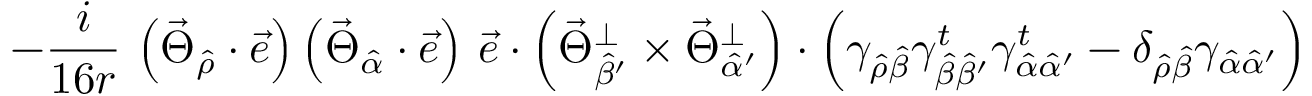
- \frac { i } { 1 6 r } \, \left( \vec { \Theta } _ { \hat { \rho } } \cdot \vec { e } \right) \left( \vec { \Theta } _ { \hat { \alpha } } \cdot \vec { e } \right) \, \vec { e } \cdot \left( \vec { \Theta } _ { \hat { \beta } ^ { \prime } } ^ { \bot } \times \vec { \Theta } _ { \hat { \alpha } ^ { \prime } } ^ { \bot } \right) \cdot \left( \gamma _ { \hat { \rho } \hat { \beta } } \gamma _ { \hat { \beta } \hat { \beta } ^ { \prime } } ^ { t } \gamma _ { \hat { \alpha } \hat { \alpha } ^ { \prime } } ^ { t } - \delta _ { \hat { \rho } \hat { \beta } } \gamma _ { \hat { \alpha } \hat { \alpha } ^ { \prime } } \right)